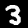
Label: 3